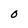
Character: 0